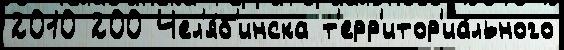
2010 200 Чел'я́б'инска т'ерр'итор'иа́льного